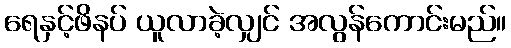
ရေနှင့်ဖိနပ် ယူလာခဲ့လျှင် အလွန်ကောင်းမည်။